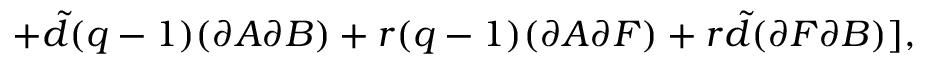
+ { \tilde { d } } ( q - 1 ) ( \partial A \partial B ) + r ( q - 1 ) ( \partial A \partial F ) + r { \tilde { d } } ( \partial F \partial B ) ] ,